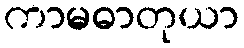
ကာမဓာတုယာ